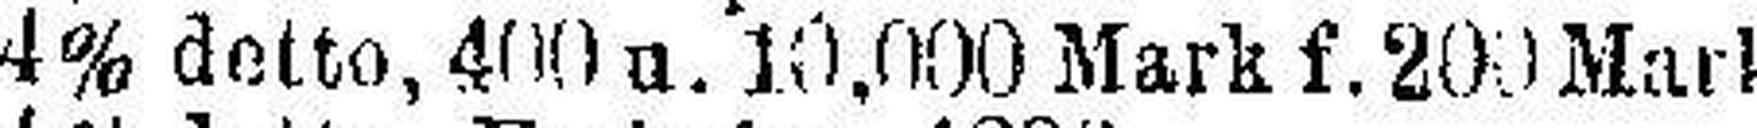
4% detto, 400 u. 10.000 Mark f. 200 Mark